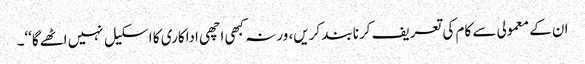
ان کے معمولی سے کام کی تعریف کرنا بند کریں، ورنہ کبھی اچھی اداکاری کا اسکیل نہیں اٹھےگا‘‘۔